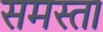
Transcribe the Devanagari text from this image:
समस्ता